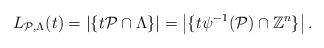
LaTeX: \begin{align*} L_{\mathcal{P}, \Lambda}(t) = \left| \{ t\mathcal{P} \cap \Lambda \} \right| = \left| \{ t\psi^{-1}(\mathcal{P}) \cap \mathbb{Z}^n \} \right|.\end{align*}